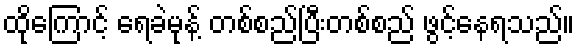
ထိုကြောင့် ရေခဲမုန့် တစ်စည်ပြီးတစ်စည် ဖွင့်နေရသည်။